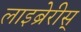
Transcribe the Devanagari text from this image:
लाइब्रेरीस्